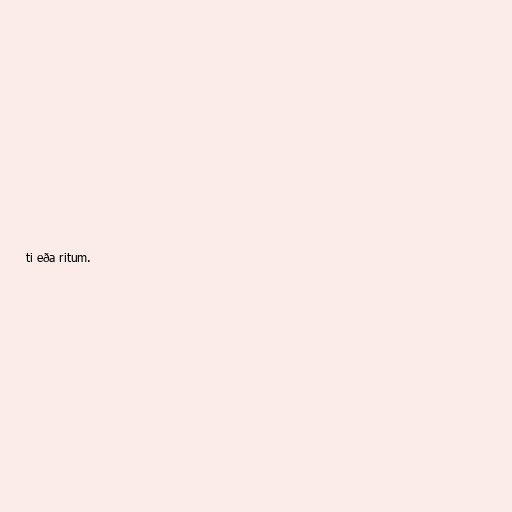
ti eða ritum.